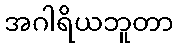
အဂါရိယဘူတာ